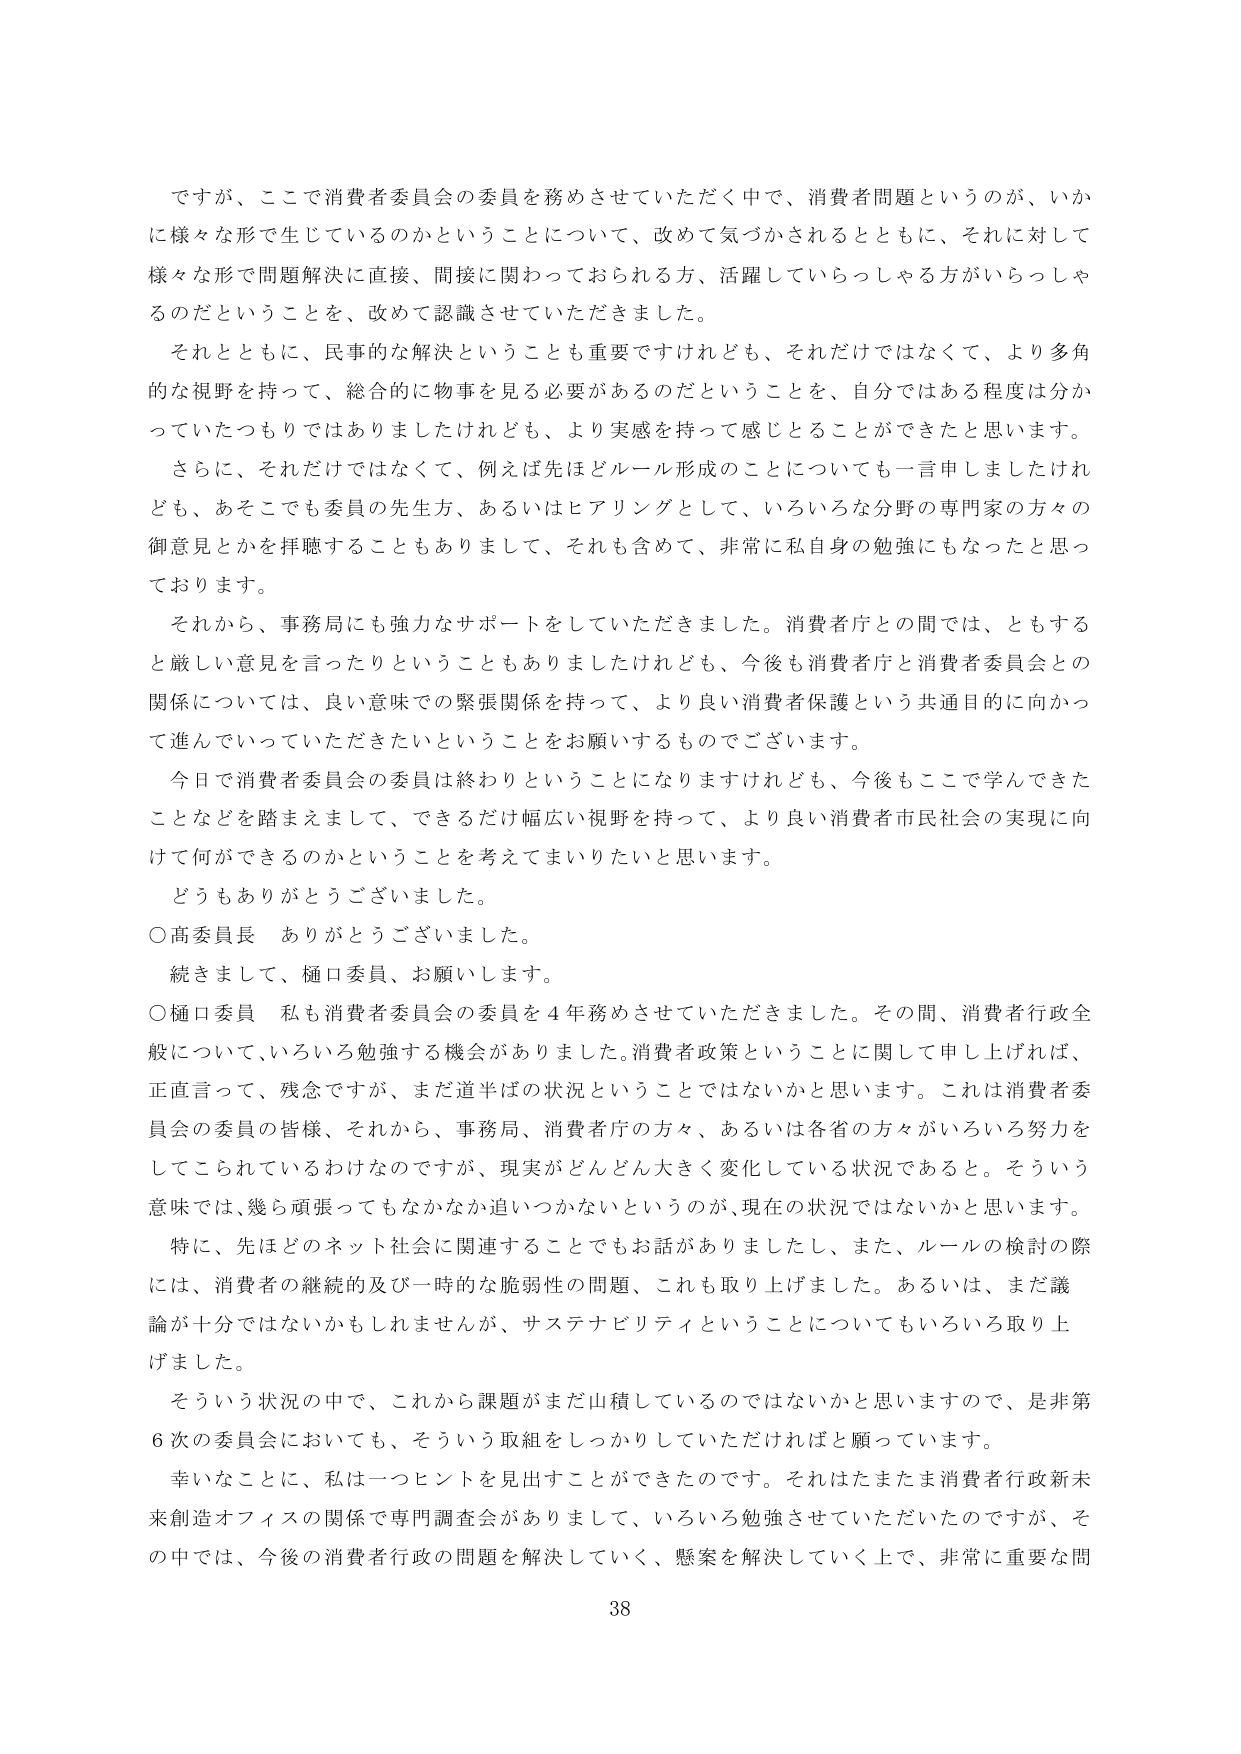
ですが、ここで消費者委員会の委員を務めさせていただく中で、消費者問題というのが、いかに様々な形で生じているのかということについて、改めて気づかされるとともに、それに対して様々な形で問題解決に直接、間接に関わっておられる方、活躍していらっしゃる方がいらっしゃるのだということを、改めて認識させていただきました。

それとともに、民事的な解決ということも重要ですけれども、それだけではなくて、より多角的な視野を持って、総合的に物事を見る必要があるのだということを、自分ではある程度は分かっていたつもりではありましたけれども、より実感を持って感じとることができたと思います。

さらに、それだけではなくて、例えば先ほどルール形成のことについても一言申しましたけれども、あそこでも委員の先生方、あるいはヒアリングとして、いろいろな分野の専門家の方々の御意見とかを拝聴することもありまして、それも含めて、非常に私自身の勉強にもなったと思っています。

それから、事務局にも強力なサポートをしていただきました。消費者庁との間では、ともすると厳しい意見を言ったりということもありましたけれども、今後も消費者庁と消費者委員会との関係については、良い意味での緊張関係を持って、より良い消費者保護という共通目的に向かって進んでいっていただきたいということをお願いするものでございます。

今日で消費者委員会の委員は終わりということになりますけれども、今後もここで学んできたことを踏まえまして、できるだけ幅広い視野を持って、より良い消費者市民社会の実現に向けて何ができるのかということを考えてまいりたいと思います。

どうもありがとうございました。

○高委員長　ありがとうございました。

続きまして、樋口委員、お願いします。

○樋口委員　私も消費者委員会の委員を4年務めさせていただきました。その間、消費者行政全般について、いろいろ勉強する機会がありました。消費者政策ということに関して申し上げれば、正直言って、残念ですが、まだ道半ばの状況ということではないかと思います。これは消費者委員会の委員の皆様、それから、事務局、消費者庁の方々、あるいは各省の方々がいろいろ努力をしてこられているわけなのですが、現実がどんどん大きく変化している状況であると。そういう意味では、幾ら頑張ってもなかなか追いつかないというのが、現在の状況ではないかと思います。

特に、先ほどのネット社会に関連することでもお話がありましたし、また、ルールの検討の際には、消費者の継続的及び一時的な脆弱性の問題、これも取り上げました。あるいは、まだ議論が十分ではないかもしれませんが、サステナビリティということについてもいろいろ取り上げました。

そういう状況の中で、これから課題がまだ山積しているのではないかと思いますので、是非第6次の委員会においても、そういう取組をしっかりしていただければと願っています。

幸いなことに、私は一つヒントを見出すことができたのです。それはたまたま消費者行政新未来創造オフィスの関係で専門調査会がありまして、いろいろ勉強させていただいたのですが、その中では、今後の消費者行政の問題を解決していく、懸案を解決していく上で、非常に重要な問

38